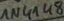
Text: 1N4148